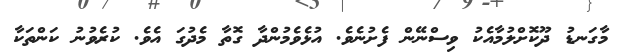
މާގަނޑު ދޫކޮށްލުމާއެކު ވިސްނޭން ފެށުނެވެ. އުޅެވެމުންދާ ގޮތާ މެދުގަ އެވެ. ކުރެވުނު ކަންތަކާ